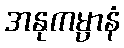
အနုကမ္ပာနံ